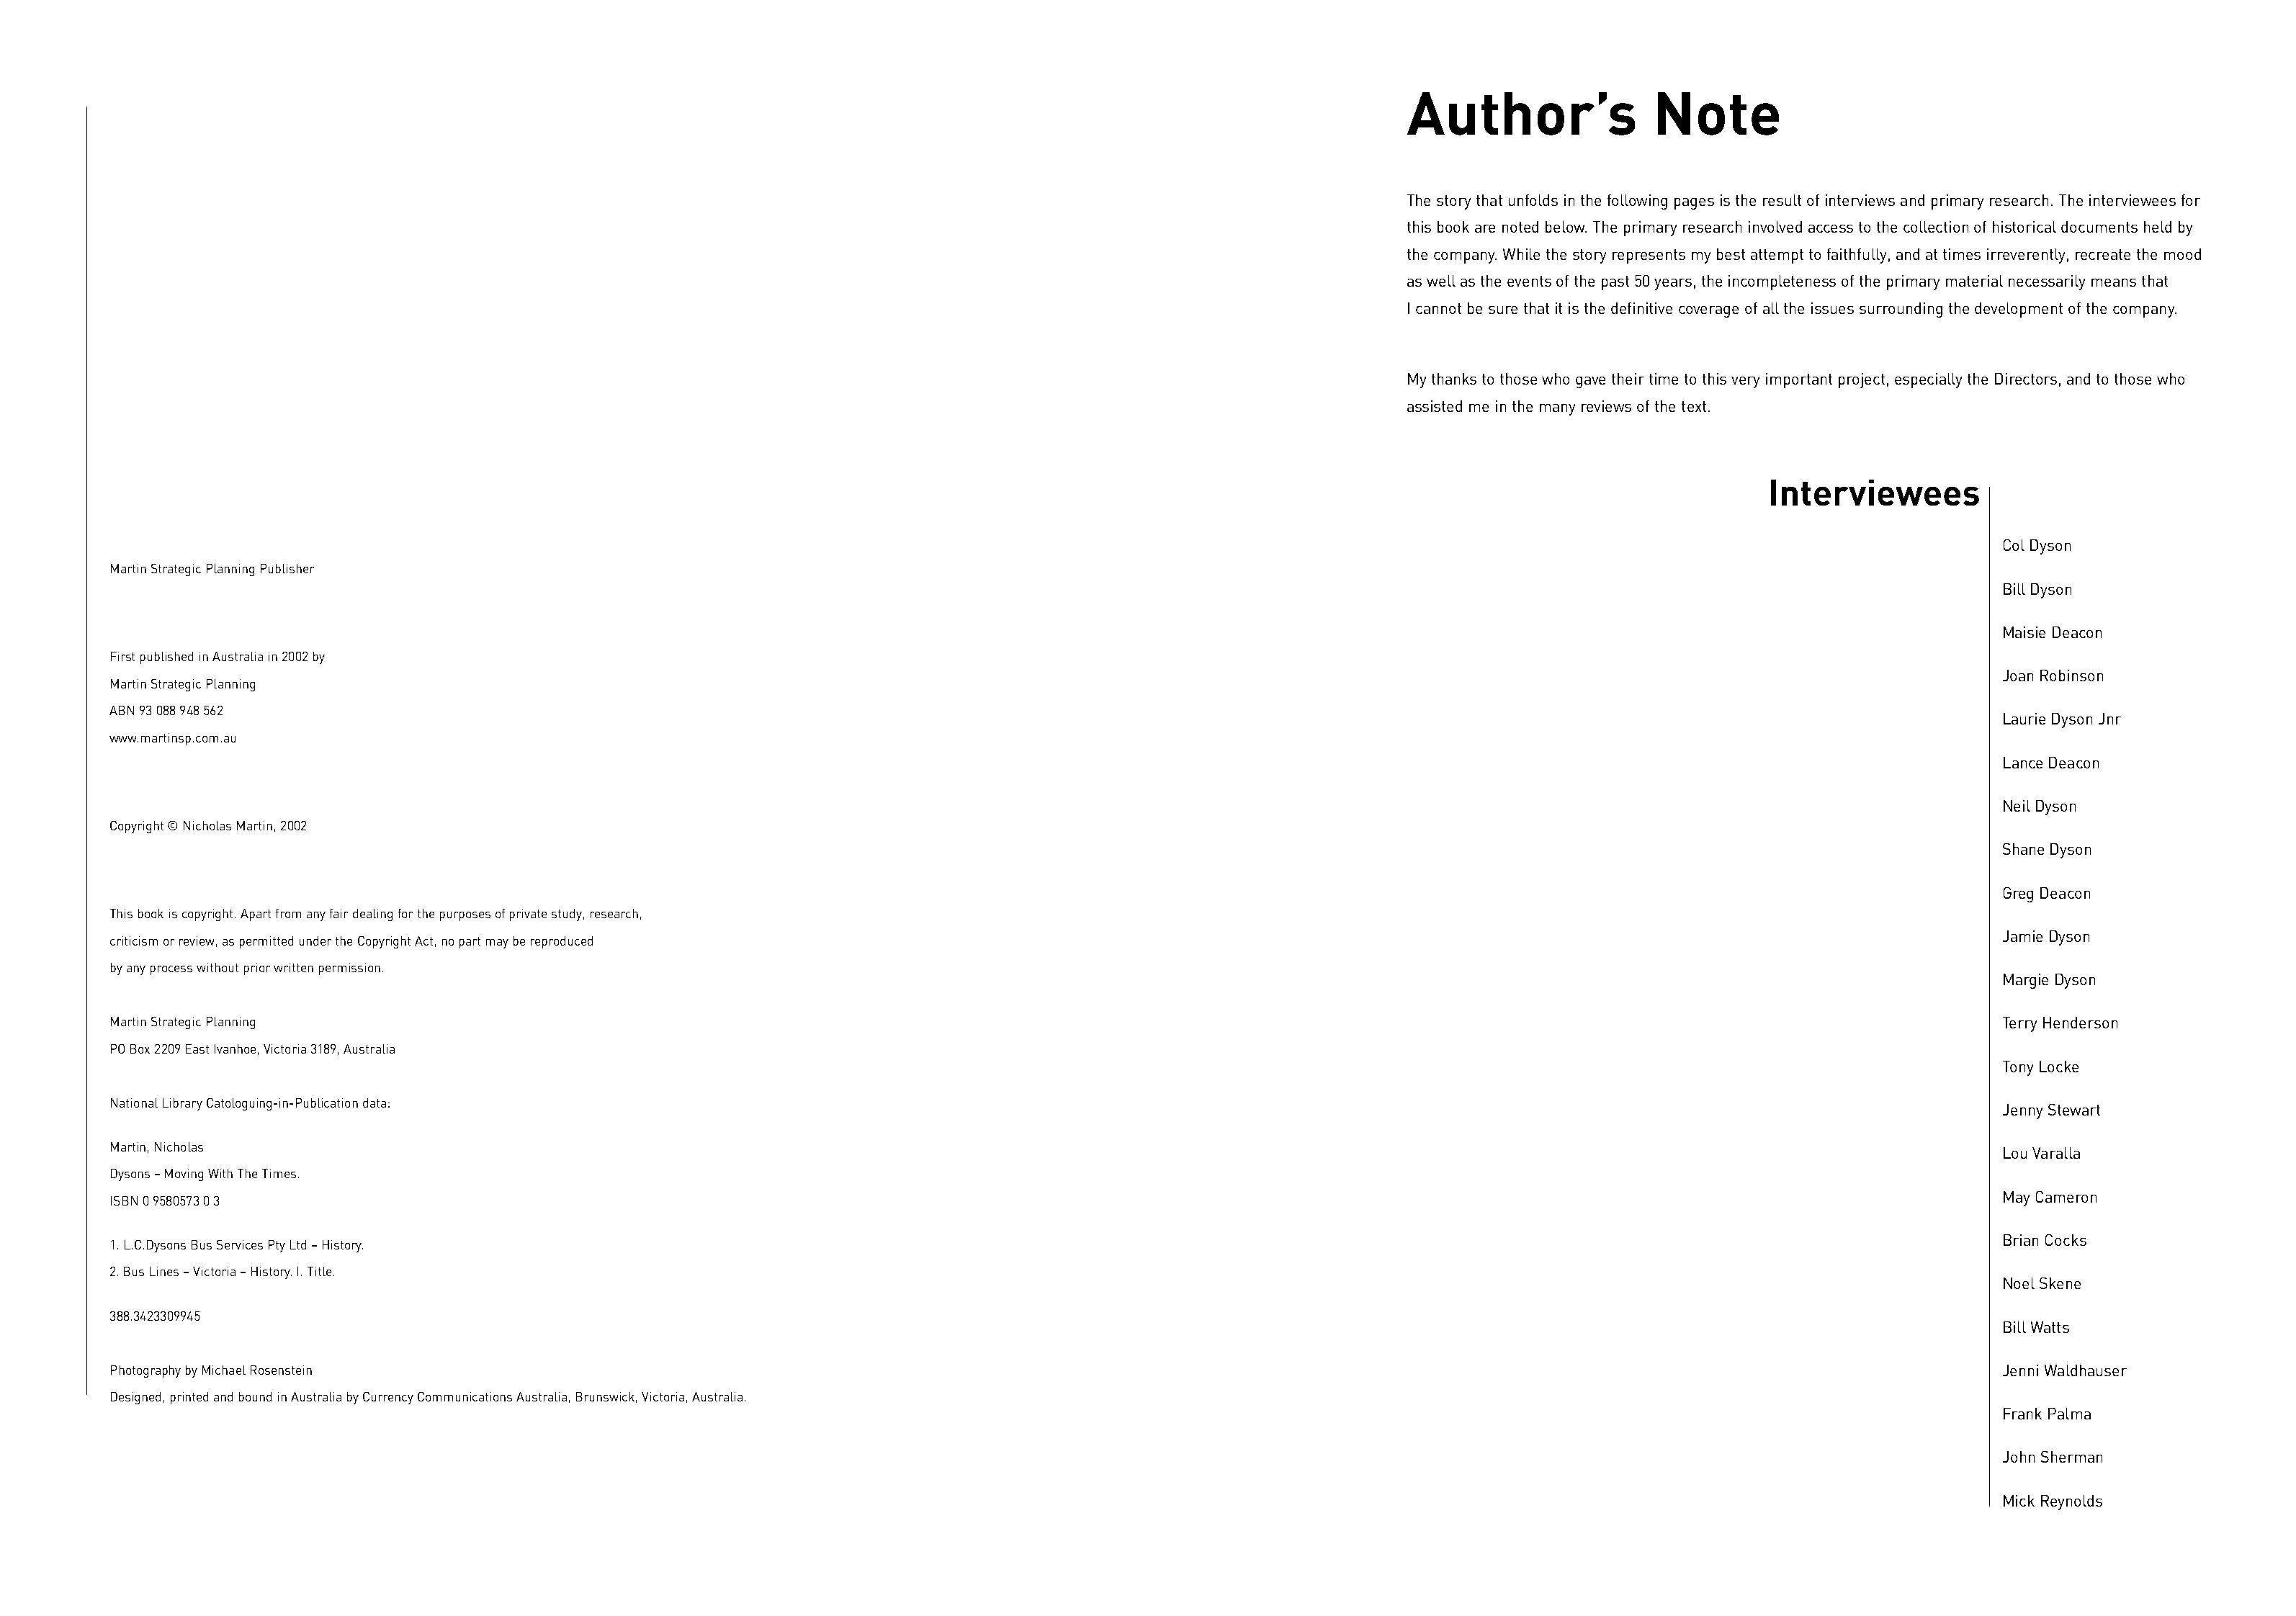
Author’s               Note
 The story that unfolds in the following pages is the result of interviews and primary research. The interviewees for
 this book are noted below. The primary research involved access to the collection of historical documents held by
 the company. While the story represents my best attempt to faithfully, and at times irreverently, recreate the mood
 as well as the events of the past 50 years, the incompleteness of the primary material necessarily means that
 I cannot be sure that it is the definitive coverage of all the issues surrounding the development of the company.
 My thanks to those who gave their time to this very important project, especially the Directors, and to those who
 assisted me in the many reviews of the text.
 Interviewees
 Col Dyson
 Martin Strategic Planning Publisher
 Bill Dyson
 Maisie Deacon
 First published in Australia in 2002 by
 Joan Robinson
 Martin Strategic Planning
 ABN 93 088 948 562
 Laurie Dyson Jnr
 www.martinsp.com.au
 Lance Deacon
 Neil Dyson
 Copyright © Nicholas Martin, 2002
 Shane Dyson
 Greg Deacon
 This book is copyright. Apart from any fair dealing for the purposes of private study, research,
 Jamie Dyson
 criticism or review, as permitted under the Copyright Act, no part may be reproduced
 by any process without prior written permission.
 Margie Dyson
 Martin Strategic Planning                                                                                                                                                     Terry Henderson
 PO Box 2209 East Ivanhoe, Victoria 3189, Australia
 Tony Locke
 National Library Catologuing-in-Publication data:
 Jenny Stewart
 Martin, Nicholas
 Lou Varalla
 Dysons – Moving With The Times.
 May Cameron
 ISBN 0 9580573 0 3
 Brian Cocks
 1. L.C.Dysons Bus Services Pty Ltd – History.
 2. Bus Lines – Victoria – History. I. Title.
 Noel Skene
 388.3423309945
 Bill Watts
 Photography by Michael Rosenstein                                                                                                                                             Jenni Waldhauser
 Designed, printed and bound in Australia by Currency Communications Australia, Brunswick, Victoria, Australia.
 Frank Palma
 John Sherman
 Mick Reynolds